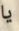
يا